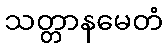
သတ္တာနမေတံ